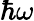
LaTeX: \hbar\omega